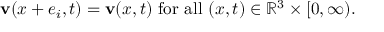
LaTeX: \mathbf { v } ( x + e _ { i } , t ) = \mathbf { v } ( x , t ) { \mathrm { ~ f o r ~ a l l ~ } } ( x , t ) \in \mathbb { R } ^ { 3 } \times [ 0 , \infty ) .